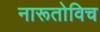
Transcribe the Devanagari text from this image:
नारूतोविच